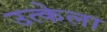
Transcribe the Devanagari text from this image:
उत्केला